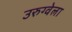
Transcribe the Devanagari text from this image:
उरुग्वेला